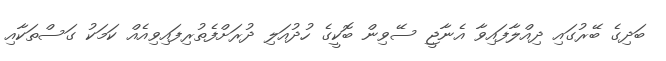
ބަދިގެ ބޭރުގައި ދިއްލާފައިވާ އެނާޖީ ސޭވިން ބޮކީގެ ހުދުއަލި ދުރަށްފެތުރިފައިވިއެއް ކަމަކު ގަސްތަކާއި